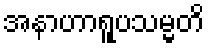
အနာဟာရူပသမ္မတိ